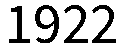
1922